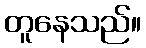
တူနေသည်။